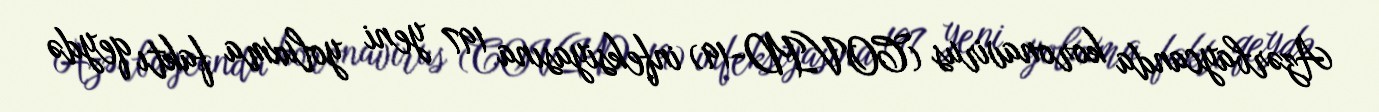
Azərbaycanda koronavirus (COVID-19) infeksiyasına 197 yeni yoluxma faktı qeydə